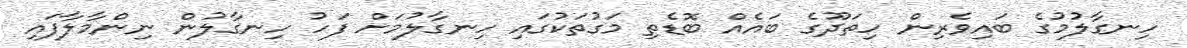
ހިނގާލުމުގެ ބައިވެރިން ހިތަދޫގެ ބައެއް ބޮޑެތި މަގުތަކުގައި ހިނގާލުމަށް ފަހު ހިނގާލުން ނިންމާލާފައި